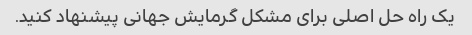
یک راه حل اصلی برای مشکل گرمایش جهانی پیشنهاد کنید.